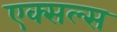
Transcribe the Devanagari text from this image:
एक्सल्स